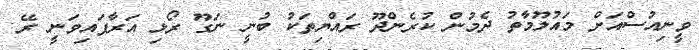
ވީނިއުސްއަށް މައުލޫމާތު ދެމުން ކުރެންދޫ ރައްޔިތަކު ބުނީ ނަގޫ ރޯޅި އަރާފައިވަނީ ރޭ